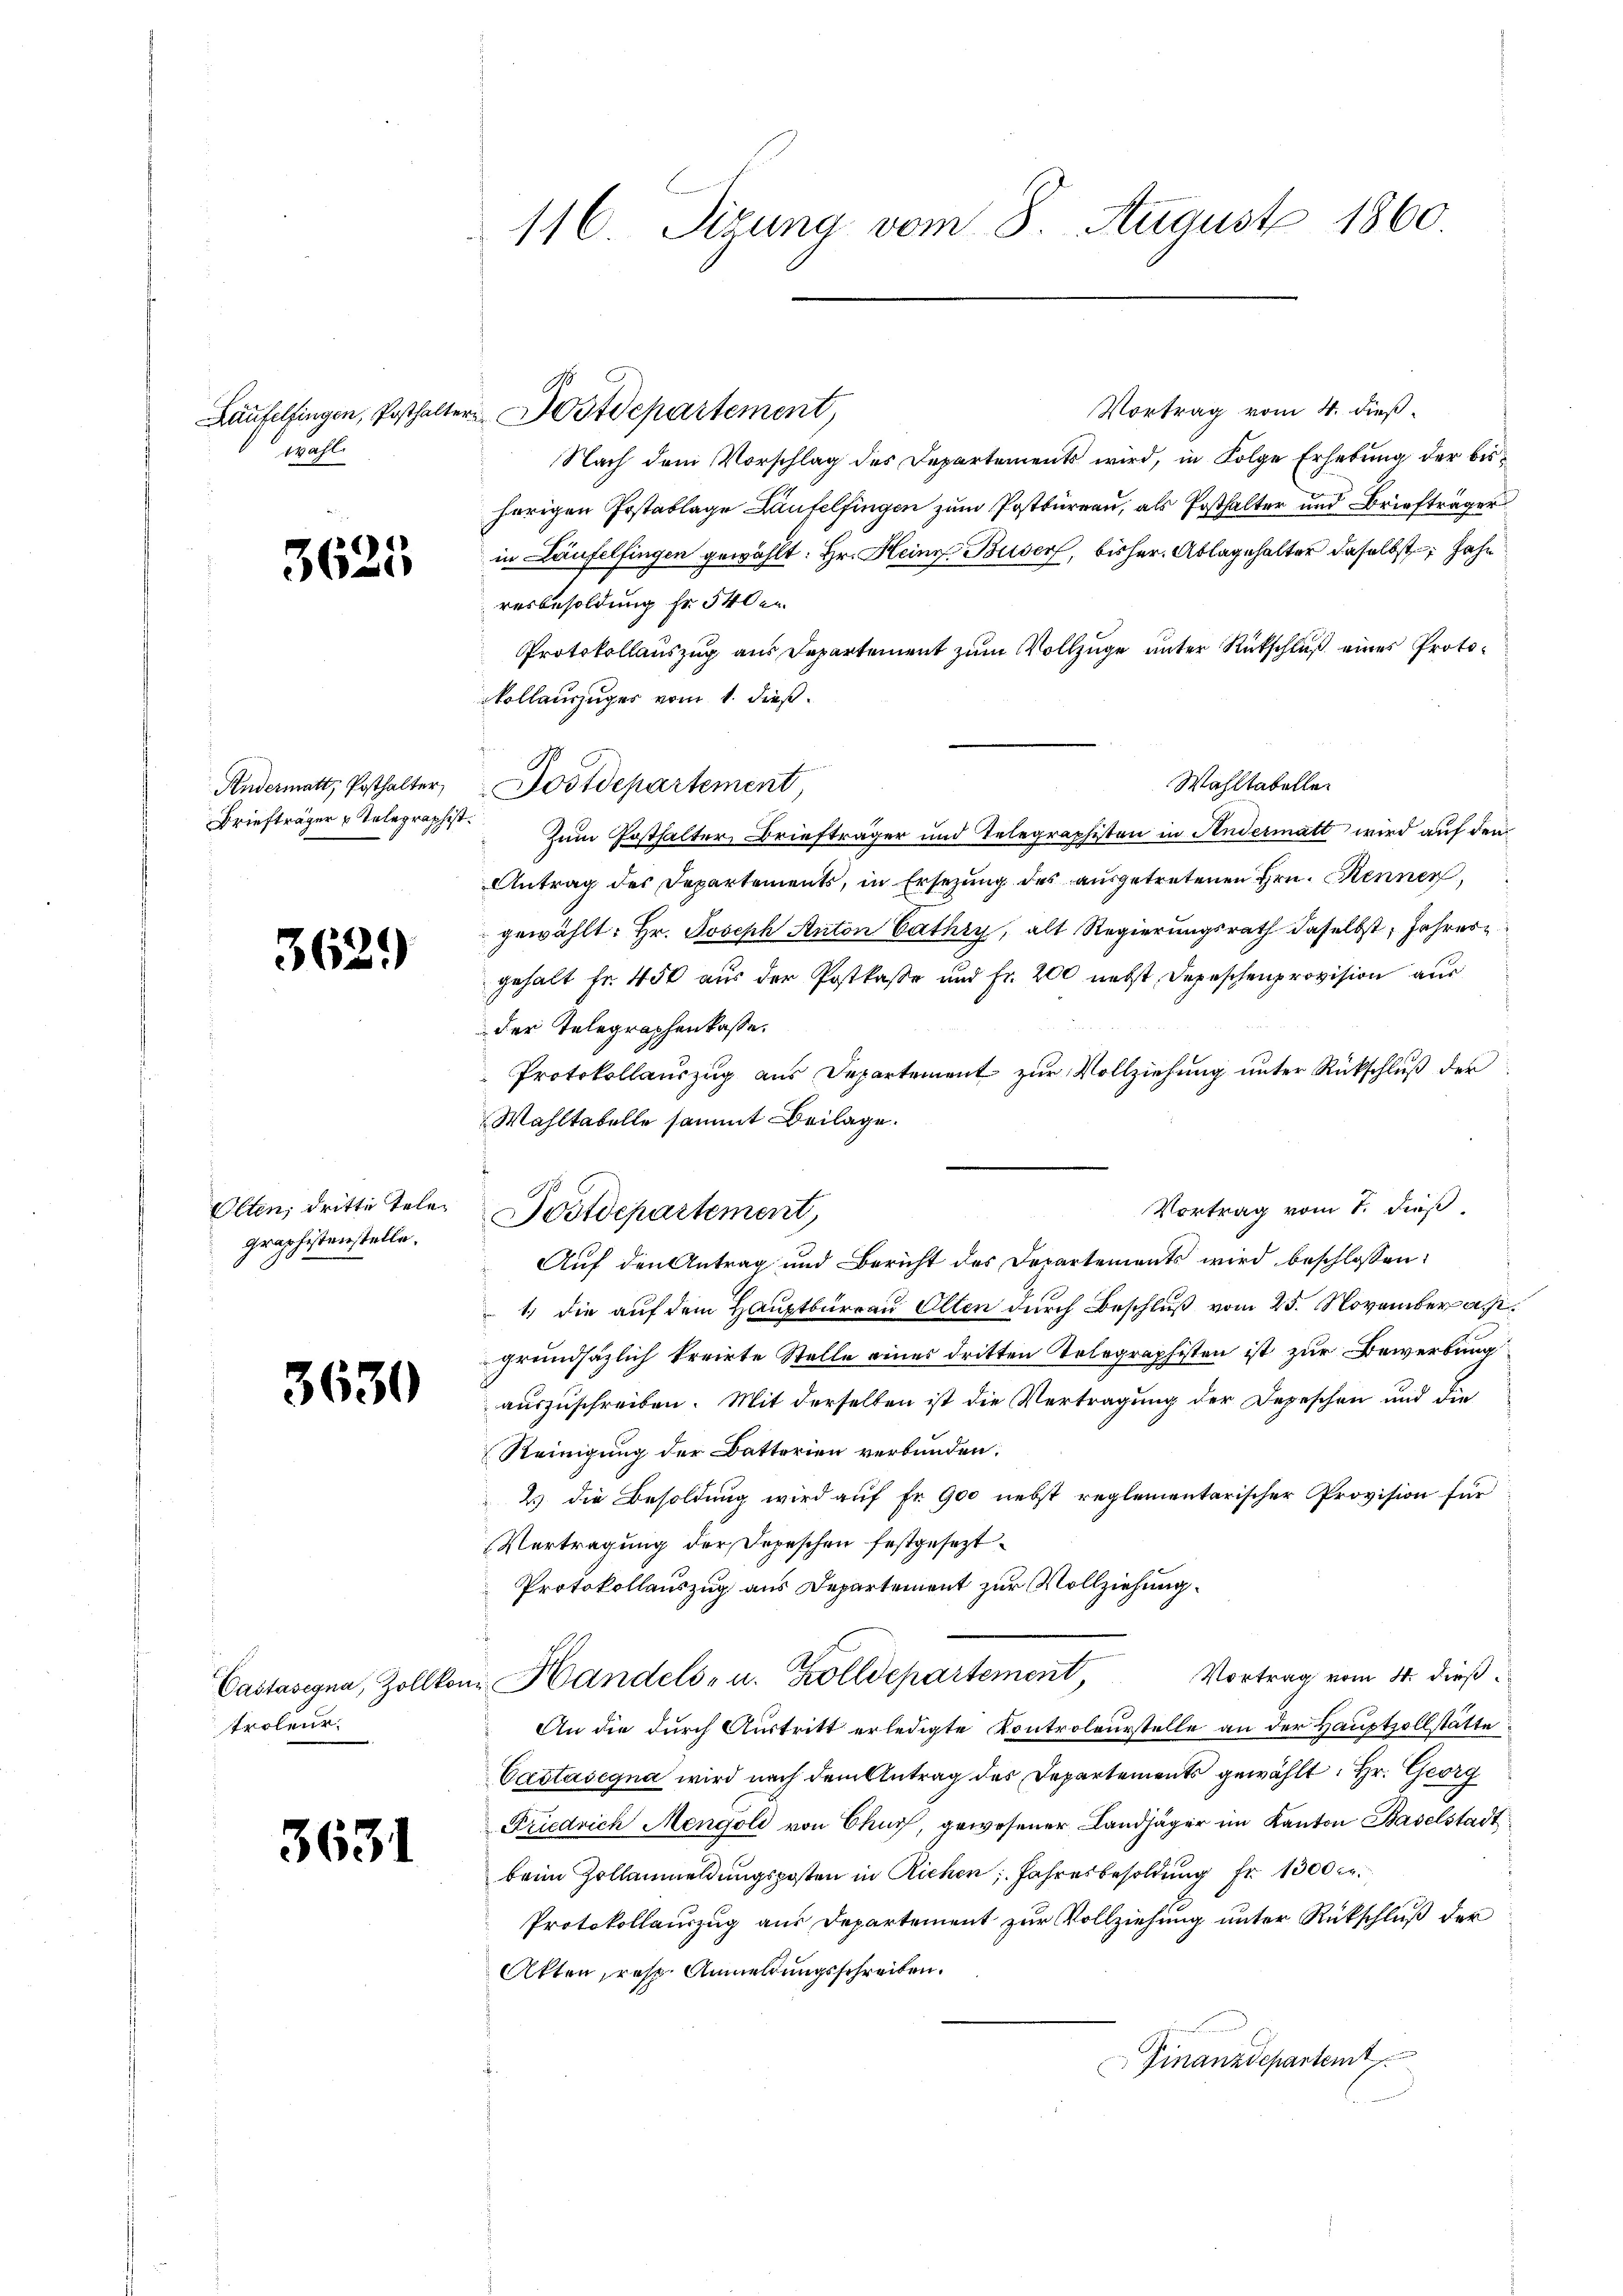
aht.

3625

Briefträger u Telegraphist.

3629

graphistenstelle.

3630

Proleur.

3631

116 Sizung vom 8. August 1860.

Vortrag vom 4. dieß
Nach dem Vorschlag des Departements wird, in Folge Erhebung der bisherigen Postablage Laufelfingen zum Postbüreau, als Posthalter und Briefträger
in Laufelfingen gewählt: Hr. Heinr. Buser, bisher. Ablagehalter daselbst, Jahr
resbesoldung fr. 540er
Protokollauszug aus Departement zum Vollzuge unter Rückschluß eines Protoollauszuges vom 1. dieß.
Andermatt, Posthalter, Postdepartement
Zum Posthalter, Briefträger und Telegraphisten in Andermatt wird auf den
Antrag des Departements, in Ersetzŭng des aŭsgetretenen Hrn. Rennen
gewählt: Hr. Joseph Anton Cathy, alt Regierungsrath daselbst, Jahres
gehalt Fr. 450 aus der Postkasse und Fr. 200 nebst Depeschenprovision aus
der Telegraphenkasse.
Protokollauszug aus Departement zur Vollziehung unter Rückschluß der
Wahltabelle sammt Beilage.
Vortrag vom 7. dieß
Olten, dritte Teler Postdepartement,
Auf den Antrag und Bericht des Departements wird beschlossen:
1., die auf dem Hauptburrau Olten durch Beschluß vom 25. November a. p.
grundsätzlich kreirte Stelle eines dritten Telegraphisten ist zur Bewerbung
auszuschreiben. Mit derselben ist die Vertragung der Depeschen und die
Reinigung der Datterien verbunden.
2) die Besoldung wird auf Fr. 900 nebst reglementarischer Provision für
Vertragung der Depeschen festgesezt
Protokollauszug aus Departement zur Vollziehung.
Castasigna, Zollkon Handels- u. Zolldepartement, Vortrag vom 4. dieβ
An die durch Austritt erledigte Kontroleurstelle an der Hauptzollstätte
Castasegna wird nach dem Antrag des Departements gewählt: Hr. Georg
Friedrich Mengoli von Chur, gewesener Landjäger im Kanton Baselstadt
beim Zollanmeldungsposten in Richen Jahresbesoldung fr. 1300 c.
Protokollauszug aus Departement zur Vollziehung unter Rückschluß der
Akten, resp. Anmeldungsschreiben.
Finanzdepartemt

Läufelfingen, Posthalter Mostdepartement,

Wahltabelle